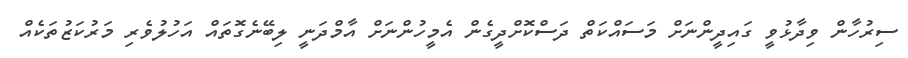
ސިރުހާން ވިދާޅުވީ ގައިދީންނަށް މަސައްކަތް ދަސްކޮށްދީގެން އެމީހުންނަށް އާމްދަނީ ލިބޭނެގޮތައް އަހުލުވެރި މަރުކަޒުތަކެއް